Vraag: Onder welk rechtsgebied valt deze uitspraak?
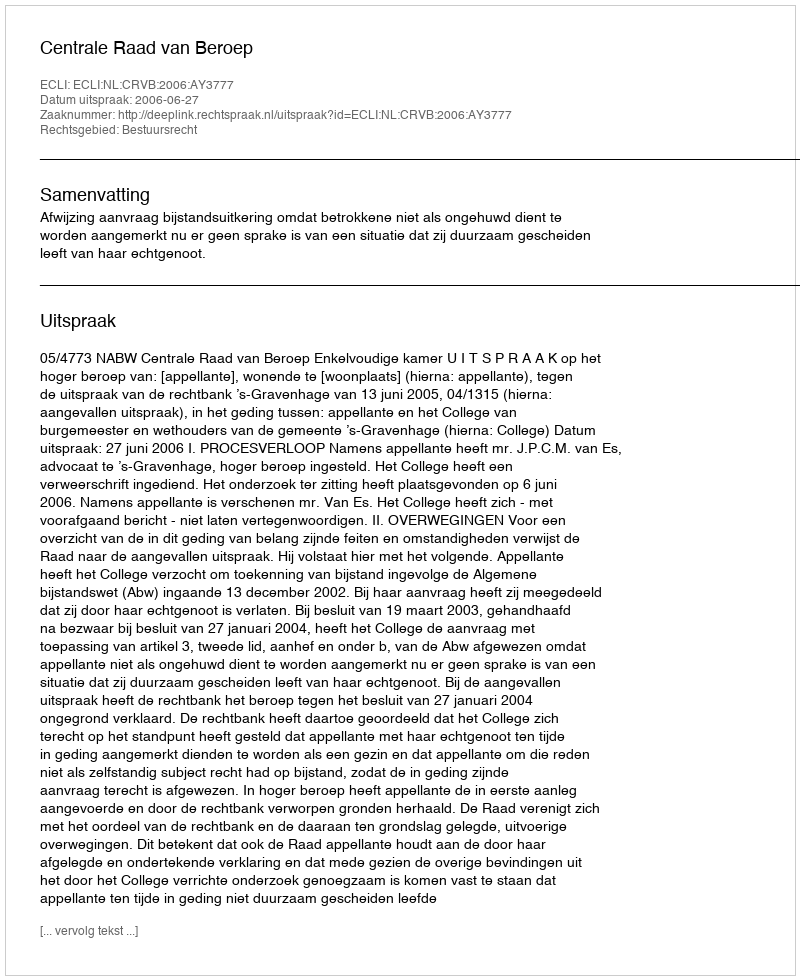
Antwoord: Bestuursrecht